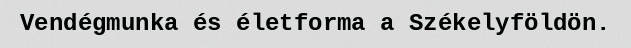
Vendégmunka és életforma a Székelyföldön.